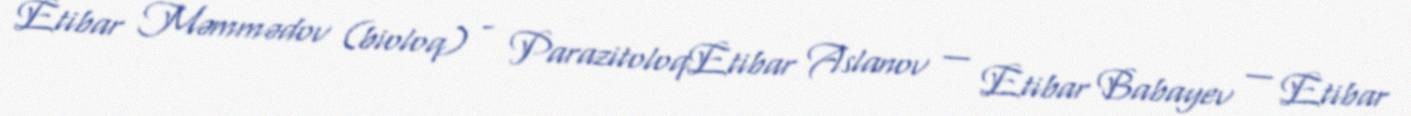
Etibar Məmmədov (bioloq) - ParazitoloqEtibar Aslanov — Etibar Babayev — Etibar